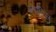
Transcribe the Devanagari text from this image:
ग्लाटिस